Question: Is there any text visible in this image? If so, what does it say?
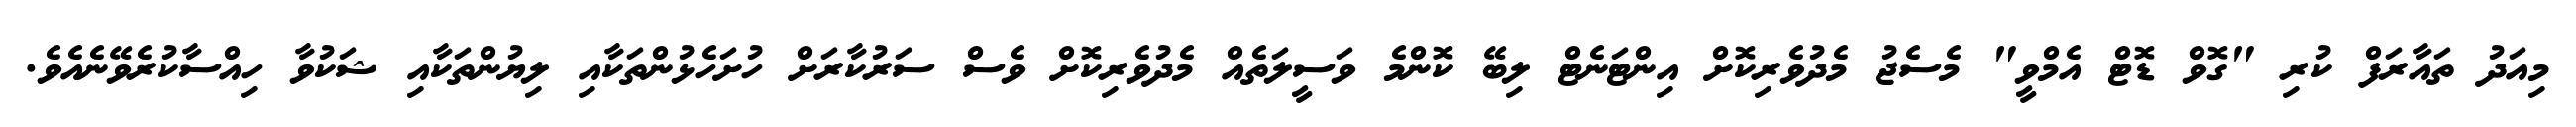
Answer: މިއަދު ތައާރަފް ކުރި "ގޮވް ޑޮޓް އެމްވީ" މެސެޖު މެދުވެރިކޮށް އިންޓަނެޓް ލިބޭ ކޮންމެ ވަސީލަތެއް މެދުވެރިކޮށް ވެސް ސަރުކާރަށް ހުށަހެޅުންތަކާއި ލިޔުންތަކާއި ޝަކުވާ ހިއްސާކުރެވޭނެއެވެ.